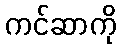
ကင်ဆာကို